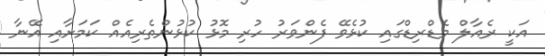
އަކީ ރެއާލް މެޑްރިޑްގައި ކުޅެވޭ ފެންވަރު ހުރި މޮޅު ކުޅުންތެރިއެއް ކަމަށާއި އޭނާ